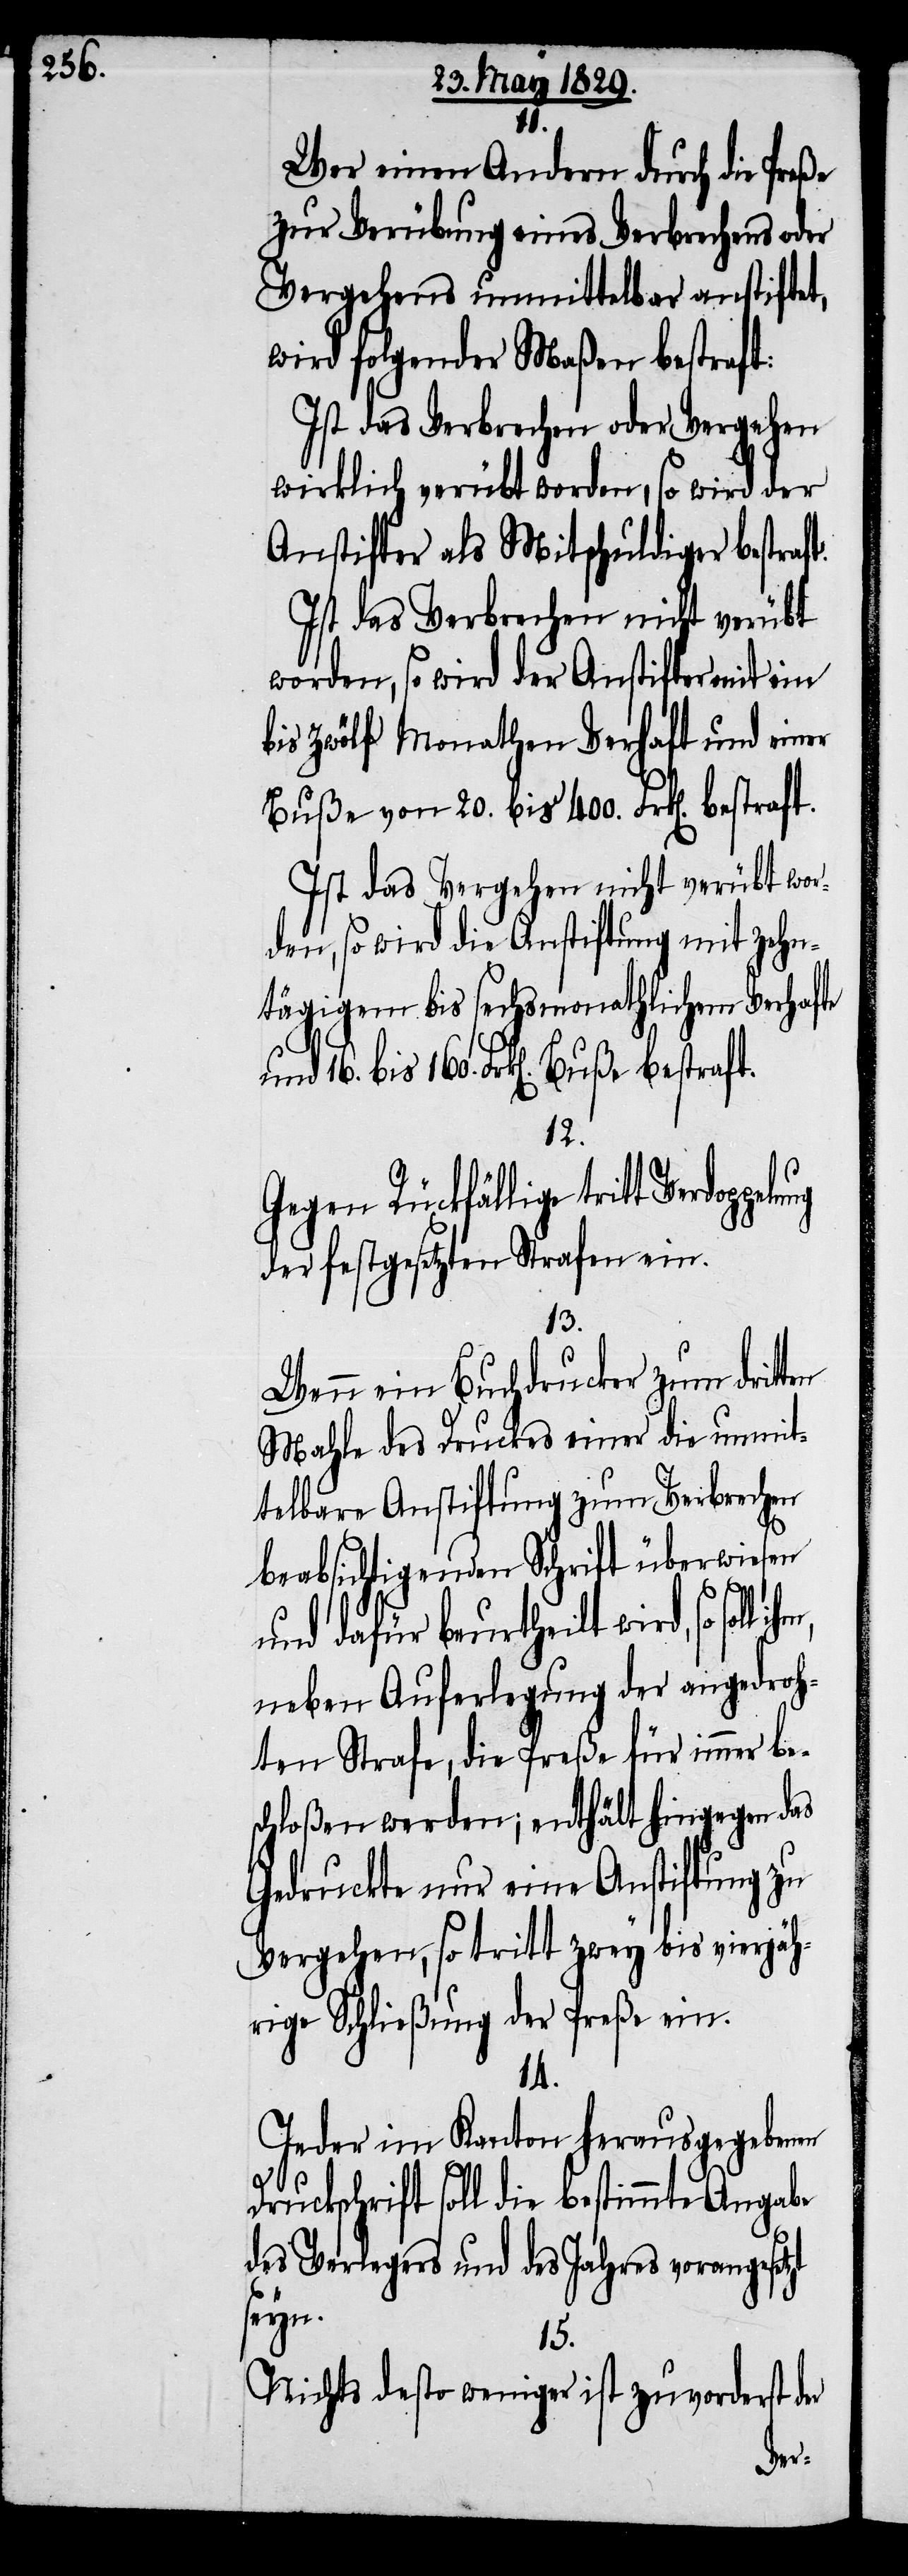
11.
Wer einen Andern durch die Preße
zur Verübung eines Verbrechens oder
Vergehens unmittelbar anstiftet,
wird folgender Maßen bestraft:
Ist das Verbrechen oder Vergehen
wirklich verübt worden, so wird der
Anstifter als Mitschuldiger bestraft.
Ist das Verbrechen nicht verübt
worden, so wird der Anstifter mit ein
bis zwölf Monathen Verhaft und einer
Buße von 20. bis 400. Frk[en].
Ist das Vergehen nicht verübt wor¬
den, so wird die Anstiftung mit zehn¬
tätigem bis sechsmonathlichem Verhaft
und 16. bis 160. Frk[en]. Buße bestraft.
12.
Gegen Rückfällige tritt Verdop¬
der festgesetzten Strafen ein.
13.
Wenn ein Buchdrucker zum drit¬
Mahle des Druckes einer die unmit¬
telbare Anstiftung zum Verbrechen
beabsichtigenden Schrift überwiesen
und dafür beurtheilt wird, so soll
neben Auferlegung der angedroh¬
ten Strafe, die Preße für immer be¬
schloßen werden; enthält hingegen das
Gedruckte nur eine Anstiftung zu
Vergehen, so tritt zwey bis vierjäh¬
rige Schließung der Preße ein.
14.
Jeder im Kanton herausgebenden
Druckschrift soll die bestimmte Angabe
des Verlegers und des Jahres vorangesetzt
seyn.
15.
Nichts desto weniger ist zuvorderst der